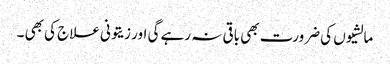
مالشیوں کی ضرورت بھی باقی نہ رہے گی اور زیتونی علاج کی بھی ۔